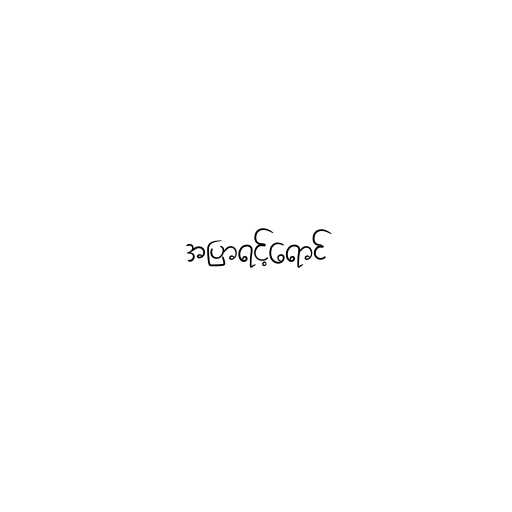
အပြာရင့်ရောင်